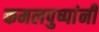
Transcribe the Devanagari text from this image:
कमलपुष्पांनी